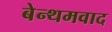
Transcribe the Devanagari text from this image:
बेन्थमवाद